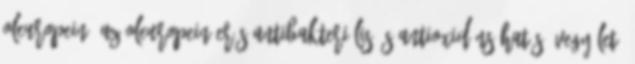
oleuropein. Az oleuropein erős antibakteriális és antioxidáns hatású vegyület,